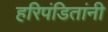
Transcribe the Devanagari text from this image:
हरिपंडितांनी